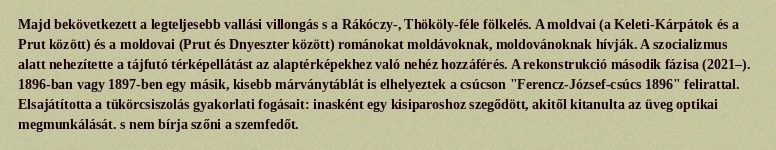
Majd bekövetkezett a legteljesebb vallási villongás s a Rákóczy-, Thököly-féle fölkelés. A moldvai (a Keleti-Kárpátok és a Prut között) és a moldovai (Prut és Dnyeszter között) románokat moldávoknak, moldovánoknak hívják. A szocializmus alatt nehezítette a tájfutó térképellátást az alaptérképekhez való nehéz hozzáférés. A rekonstrukció második fázisa (2021–). 1896-ban vagy 1897-ben egy másik, kisebb márványtáblát is elhelyeztek a csúcson "Ferencz-József-csúcs 1896" felirattal. Elsajátította a tükörcsiszolás gyakorlati fogásait: inasként egy kisiparoshoz szegődött, akitől kitanulta az üveg optikai megmunkálását. s nem bírja szőni a szemfedőt.